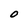
Character: 0